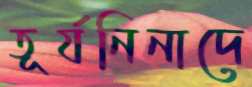
তূর্যনিনাদে